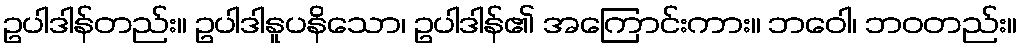
ဥပါဒါန်တည်း။ ဥပါဒါနူပနိသော၊ ဥပါဒါန်၏ အကြောင်းကား။ ဘဝေါ၊ ဘဝတည်း။